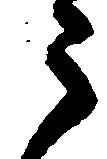
ら